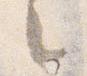
々